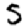
Digit: 5